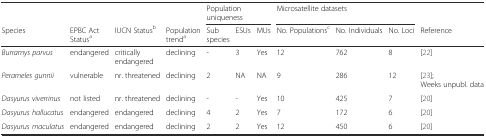
<table><thead><tr><td></td><td></td><td></td><td></td><td colspan="3"><b>Population uniqueness</b></td><td colspan="3"><b>Microsatellite datasets</b></td><td></td></tr><tr><td><b>Species</b></td><td><b>EPBC Act Status<sup>a</sup></b></td><td><b>IUCN Status<sup>b</sup></b></td><td><b>Population trend<sup>a</sup></b></td><td><b>Sub species</b></td><td><b>ESUs</b></td><td><b>MUs</b></td><td><b>No. Populations<sup>c</sup></b></td><td><b>No. Individuals</b></td><td><b>No. Loci</b></td><td><b>Reference</b></td></tr></thead><tbody><tr><td><i>Burramys parvus</i></td><td>endangered</td><td>critically endangered</td><td>declining</td><td>-</td><td>3</td><td>Yes</td><td>12</td><td>762</td><td>8</td><td>[22]</td></tr><tr><td><i>Perameles gunnii</i></td><td>vulnerable</td><td>nr. threatened</td><td>declining</td><td>2</td><td>NA</td><td>NA</td><td>9</td><td>286</td><td>12</td><td>[23]; Weeks unpubl. data</td></tr><tr><td><i>Dasyurus viverrinus</i></td><td>not listed</td><td>nr. threatened</td><td>declining</td><td>-</td><td>-</td><td>Yes</td><td>10</td><td>425</td><td>7</td><td>[20]</td></tr><tr><td><i>Dasyurus hallucatus</i></td><td>endangered</td><td>endangered</td><td>declining</td><td>4</td><td>2</td><td>Yes</td><td>7</td><td>172</td><td>6</td><td>[20]</td></tr><tr><td><i>Dasyurus maculatus</i></td><td>endangered</td><td>endangered</td><td>declining</td><td>2</td><td>2</td><td>Yes</td><td>12</td><td>450</td><td>6</td><td>[20]</td></tr></tbody></table>